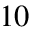
1 0